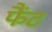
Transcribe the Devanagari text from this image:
फैंट